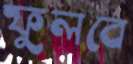
ফুলবে